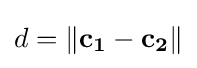
d=\Vert \mathbf {c_{1}} -\mathbf {c_{2}} \Vert